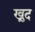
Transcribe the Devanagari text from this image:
ख्रुद